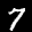
Label: 7